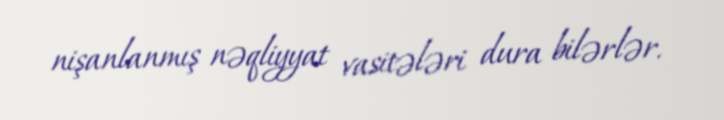
nişanlanmış nəqliyyat vasitələri dura bilərlər.